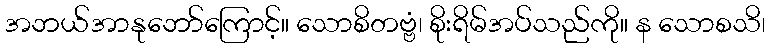
အဘယ်အာနုဘော်ကြောင့်။ သောစိတဗ္ဗံ၊ စိုးရိမ်အပ်သည်ကို။ န သောစသိ၊